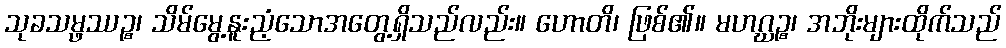
သုခသမ္ဖဿဉ္စ၊ သိမ်မွေ့နူးညံ့သောအတွေ့ရှိသည်လည်း။ ဟောတိ၊ ဖြစ်၏။ မဟဂ္ဃဉ္စ၊ အဘိုးများထိုက်သည်